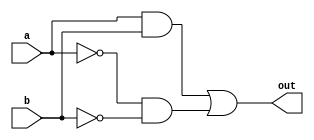
module top_module( 
    input a, 
    input b, 
    output out );

    assign out = a&b | (~a&~b);// output=1 when a == b
endmodule